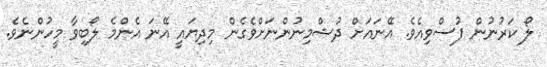
ލޯ ކަރުނުން ފުސްވިއެވެ. އޭނައަށް ދުޝްމިނުންނަށްވެގެން މިދިޔައީ އޭނަ އެންމެ ލޯބިވާ މީހުންނެވެ.